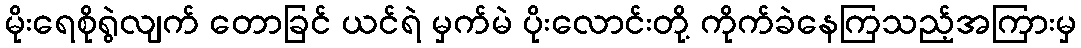
မိုးရေစိုရွဲလျက် တောခြင် ယင်ရဲ မှက်မဲ ပိုးလောင်းတို့ ကိုက်ခဲနေကြသည့်အကြားမှ